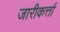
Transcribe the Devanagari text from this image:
जारीकर्त्ता